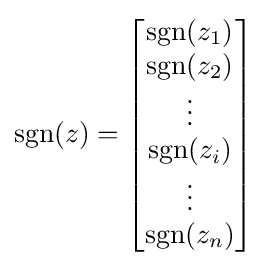
\operatorname {sgn}(z)={\begin{bmatrix}\operatorname {sgn}(z_{1})\\\operatorname {sgn}(z_{2})\\\vdots \\\operatorname {sgn}(z_{i})\\\vdots \\\operatorname {sgn}(z_{n})\end{bmatrix}}